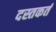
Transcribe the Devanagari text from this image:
दस्तकर्त